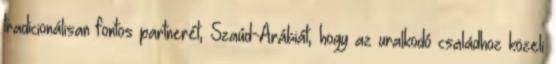
tradicionálisan fontos partnerét, Szaúd-Arábiát, hogy az uralkodó családhoz közeli